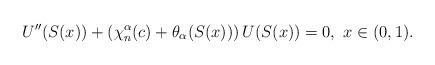
LaTeX: \begin{align*}U''(S(x))+\left(\chi_n^{\alpha}(c)+\theta_{\alpha}(S(x))\right)U(S(x))=0,\,\,x\in(0,1).\end{align*}